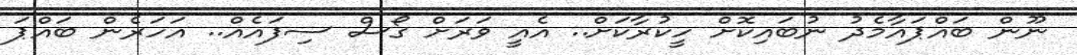
ނޫން ބައްޕައާމެދު ނުބައިކޮށް ހީކުރާކަށް.. އެެެއީ ވަަަަަރަށް ގޯޯޯސް ސިފައެެެެއް.. އަހަރެން ބައްޕަ